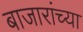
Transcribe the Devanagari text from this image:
बाजारांच्या